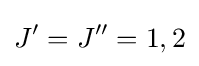
J^{\prime }=J^{\prime \prime }=1,2